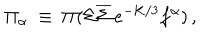
LaTeX: \Pi _ { \alpha } ~ \equiv ~ \Pi ( \Sigma \overline { { { \Sigma } } } \, e ^ { - K / 3 } f ^ { \alpha } ) \, ,